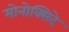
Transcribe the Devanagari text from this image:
मोनोक्सिदे